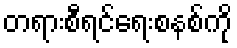
တရားစီရင်ရေးစနစ်ကို